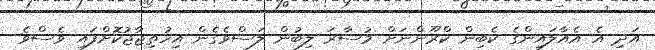
އަދި އެ އެއާލައިންގެ ކެބިން ކްރޫންނަށް މުސާރަ ލިބުން ލަސްވެގެން އިހުތިޖާޖުކޮށްފައި ވެސްވެ